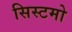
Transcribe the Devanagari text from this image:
सिस्टमो